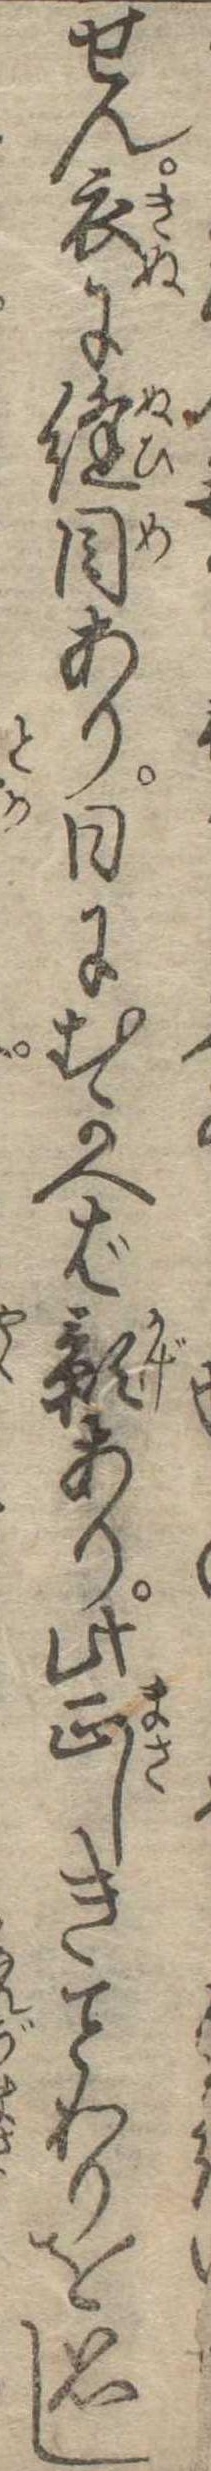
せん衣に縫目あり日にむかへば影あり此正しきわりを思し